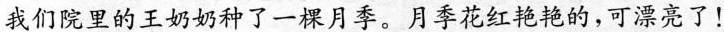
我们院里的王奶奶种了一棵月季。月季花红艳艳的，可漂亮了！